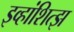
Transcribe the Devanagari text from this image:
इव्हांशित्झ